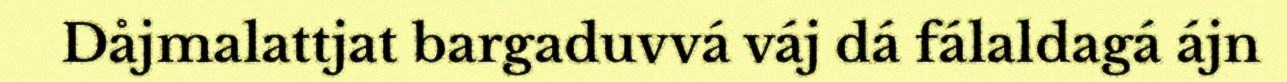
Dåjmalattjat bargaduvvá váj dá fálaldagá ájn